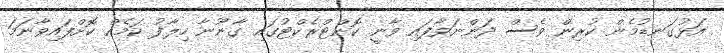
އަޅުގަނޑުމެން ކުރިން ވެސް ދަންނަވާފައި ވާނީ ކޮންޓްރެކްޓުގައި ގާނޫނާ ހިލާފު ކަމެއް ކޮށްފައިވާނަމަ